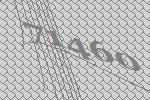
71460